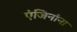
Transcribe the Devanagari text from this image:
एंजिनांना